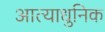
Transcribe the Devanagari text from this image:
आत्याधुनिक